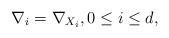
LaTeX: \begin{align*}\nabla_i=\nabla_{X_i}, 0 \le i \le d,\end{align*}